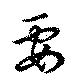
要